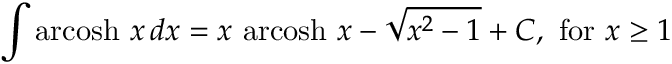
\int \operatorname { a r c o s h } \, x \, d x = x \, \operatorname { a r c o s h } \, x - { \sqrt { x ^ { 2 } - 1 } } + C , { \mathrm { ~ f o r ~ } } x \geq 1